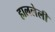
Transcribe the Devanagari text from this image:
हाललेली